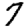
Digit: 7